Annual administration report of the Civil Veterinary Department of India - 1903-1904
Year: 1903
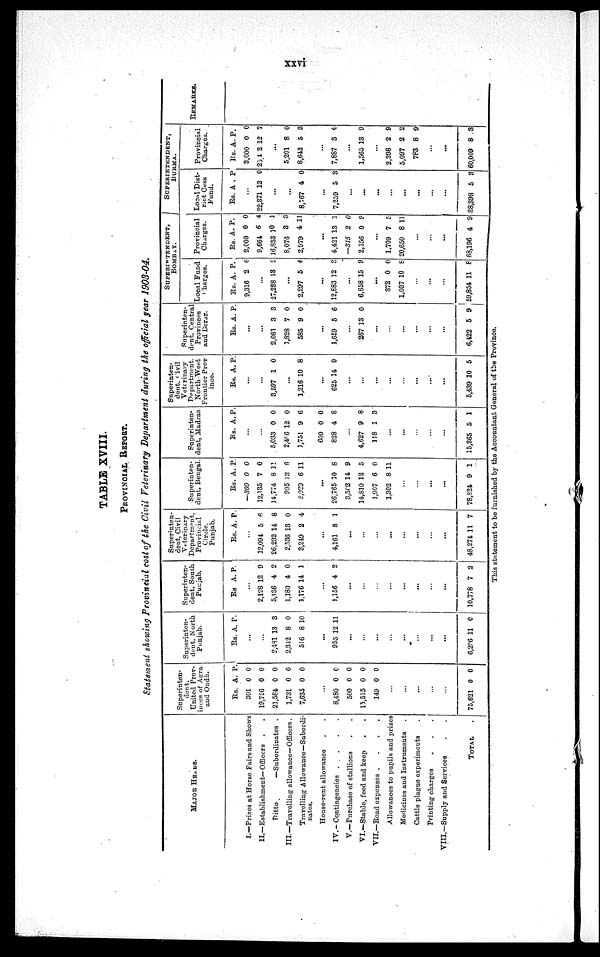
xxvi
TABLE XVIII.
PROVINCIAL REPORT.
Statement showing Provincial cost of the Civil Veterinary Department during the official year 1903-04.
MAJOR
HEADS.
I.—Prizes at Horse Fairs and Shows
II.—Establishment—Officers . .
Ditto
—Subordinates .
III—Travelling allowance—Officers.
Travelling Allowance—Subordi-
nates.
House-rent allowance . .
IV. — Contingencies .
. . .
V.—Purchase of stallions . .
VI.—Stable, feed and keep . .
VII.—Road expenses .
.
.
.
Allowances to pupils and prizes
Medicines and Instruments .
Cattle plague experiments .
Printing charges . . .
VIII.—Supply and Services . .
TOTAL .
Superinten¬
dent.
United Prov¬
inces of Agra
and Oudh.
Rs.
301
19,726
21,584
1,731
7,635
A.
0
0
0
0
0
P.
0
0
0
0
0
...
8,480
500
15,515
149
0
0
0
0
0
0
0
0
...
...
...
...
...
75,621 0 0
Superinten¬
dent, North
Punjab.
Rs. A. P.
...
...
2,431
2,312
516
13
8
8
3
0
10
...
955 12 11
...
...
...
...
...
...
...
...
6,296 11 0
Superinten¬
dent, South
Punjab.
Rs A. P.
...
2,128
5,136
1,180
1,176
12
4
4
14
9
2
0
1
...
1,156 4 2
...
...
...
...
...
...
...
...
10,778 7 2
Superinten¬
dent, Civil
Veterinary
Department,
Provincial
Circle,
Punjab.
Rs. A. P.
...
12,094
26,232
2,536
3,249
5
14
13
2
6
8
0
4
...
4,161 8 1
...
...
...
...
...
...
...
...
48,274 11 7
Superinten¬
dent, Bengal.
Rs.
—360
12,135
14,774
995
2,929
A.
0
7
8
13
6
P.
0
0
1!
6
11
...
26,765
3,562
14,810
1,907
1,302
10
14
12
6
8
8
9
5
0
11
...
...
...
...
78,824 9 1
Superinten¬
dent, Madras
Rs. A. P.
...
...
5,033
2,466
1,751
600
828
0
12
9
0
4
0
0
6
0
8
...
4,627
118
9
1
8
3
...
...
...
...
...
15,365 5 1
Superinten¬
dent.
Civil
Veterinary
Department.
North -West
Frontier Prov
ince.
Rs. A. P.
...
...
3,597 1 0
...
1,216 10 8
...
625 14 9
...
...
...
...
...
...
...
...
5,439 10 5
Superinten¬
dent, Central
Provinces
and Derar.
Rs. A. P.
...
...
2,081
1,823
585
3
7
9
3
0
0
...
1,659 5 6
...
267 13 0
...
...
...
...
...
...
6,422 5 9
SUPERINTENDENT,
BOMBAY.
Local Fund
Charges.
Rs.
9,316
A.
2
P.
0
...
27,288 13 2
...
2,297 5 4
...
12,883 12 3
...
6,658 15 9
...
372
1,037
0
10
0
8
...
...
...
59,854 11 8
Provincial
Charges.
Rs.
2,000
9,664
16,853
8,076
2,979
A.
0
6
l0
3
4
P.
0
4
1
3
11
...
4,421
—315
2,156
13
2
0
1
0
9
...
1,709
20,650
7
8
5
11
...
...
...
68,196 4 9
SUPERINTENDENT,
BURMA.
Local Dist¬
rict Cess
Fund.
Rs. A . P
...
22,371 12 0
...
...
8,767 4 0
...
7,259 5 3
...
...
...
...
...
...
...
...
38,398 5 3
Provincial
Charges.
Rs.
3,000
25, 4 2
A.
0
12
P.
0
7
...
5,201
8,643
8
5
0
3
...
7,887 3 0
...
1,565 13 9
...
2,398
5,097
783
2
2
8
9
2
9
...
...
60,009 8 3
REMARKS.
This statement to be furnished by the Accountant General of the Province.